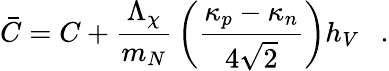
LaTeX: {\bar{C}}=C+{\frac{\Lambda_{\chi}}{m_{N}}}\left({\frac{\kappa_{p}-\kappa_{n}}{4\sqrt{2}}}\right)h_{V}\ \ \ .